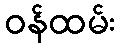
ဝန်ထမ်း